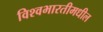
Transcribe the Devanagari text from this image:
विश्वभारतीमधील